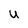
Character: U